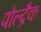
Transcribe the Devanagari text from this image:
पोल्द्रैक